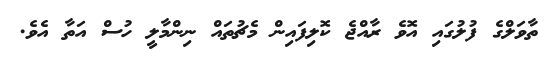
ތާވަލްގެ ފުލުގައި އޮވެ ރާއްޖެ ކޮލިފައިން މެޗުތައް ނިންމާލީ ހުސް އަތާ އެވެ.